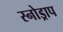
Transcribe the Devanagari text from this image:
स्नोड्राप